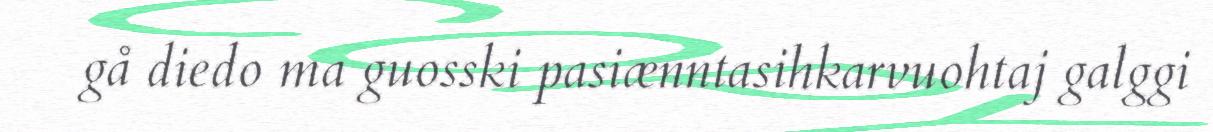
gå diedo ma guosski pasiænntasihkarvuohtaj galggi